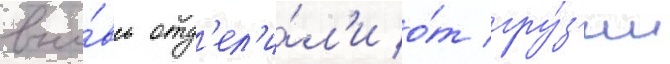
вно́вь отд'ел'и́л'и о́т гру́з'ии